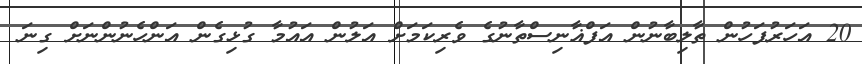
20 އަހަރުފަހުން ތާލިބާނުން އަފްޣާނިސްތާނުގެ ވެެރިކަމަށް އަލުން އައުމާ ގުޅިގެން އަންހެނުންނަށް ގިނަ